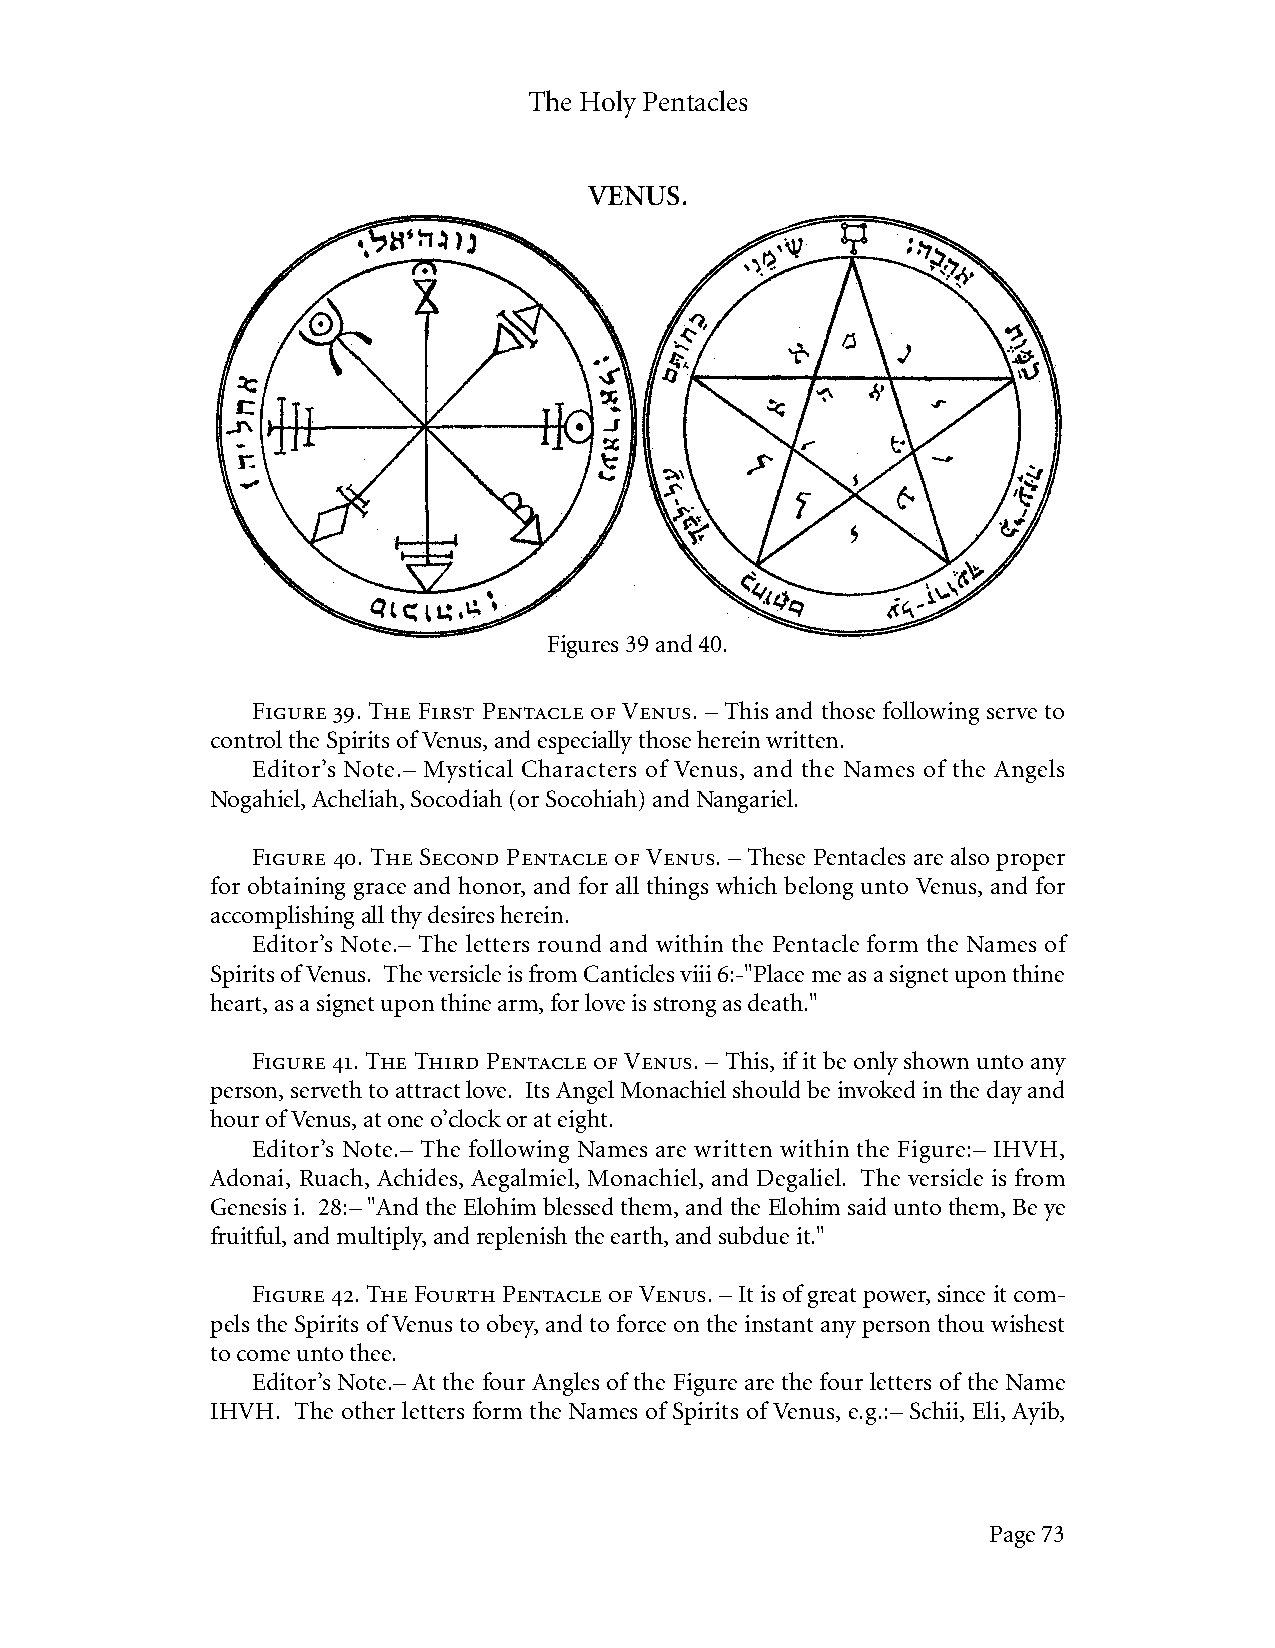
The Holy Pentacles
 VENUS.
 Figures 39 and 40.
 Figure 39. The First Pentacle of Venus. – This and those following serve to
 control the Spirits of Venus, and especially those herein written.
 Editor’s Note.– Mystical Characters of Venus, and the Names of the Angels
 Nogahiel, Acheliah, Socodiah (or Socohiah) and Nangariel.
 Figure 40. The Second Pentacle of Venus. – These Pentacles are also proper
 for obtaining grace and honor, and for all things which belong unto Venus, and for
 accomplishing all thy desires herein.
 Editor’s Note.– The letters round and within the Pentacle form the Names of
 Spirits of Venus. The versicle is from Canticles viii 6:-"Place me as a signet upon thine
 heart, as a signet upon thine arm, for love is strong as death."
 Figure 41. The Third Pentacle of Venus. – This, if it be only shown unto any
 person, serveth to attract love. Its Angel Monachiel should be invoked in the day and
 hour of Venus, at one o’clock or at eight.
 Editor’s Note.– The following Names are written within the Figure:– IHVH,
 Adonai, Ruach, Achides, Aegalmiel, Monachiel, and Degaliel. The versicle is from
 Genesis i. 28:– "And the Elohim blessed them, and the Elohim said unto them, Be ye
 fruitful, and multiply, and replenish the earth, and subdue it."
 Figure 42. The Fourth Pentacle of Venus. – It is of great power, since it com-
 pels the Spirits of Venus to obey, and to force on the instant any person thou wishest
 to come unto thee.
 Editor’s Note.– At the four Angles of the Figure are the four letters of the Name
 IHVH. The other letters form the Names of Spirits of Venus, e.g.:– Schii, Eli, Ayib,
 Page 73